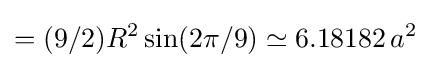
=(9/2)R^{2}\sin(2\pi /9)\simeq 6.18182\,a^{2}